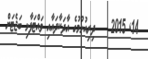
14